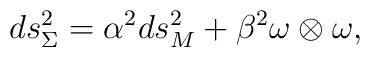
ds^{2}_{\Sigma}=\alpha^{2} {ds^{2}_{M}} +\beta^{2} \omega \otimes\omega,